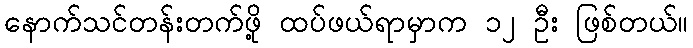
နောက်သင်တန်းတက်ဖို့ ထပ်ဖယ်ရာမှာက ၁၂ ဦး ဖြစ်တယ်။